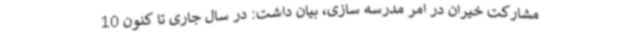
مشارکت خیران در امر مدرسه سازی، بیان داشت: در سال جاری تا کنون 10